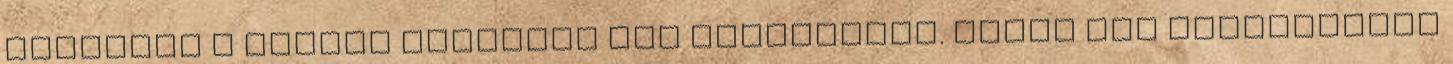
Megkapta a bátyja tartalék pár kesztyűjét. Aztán még beugrottunk